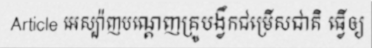
Article អេស្ប៉ាញបណ្តេញគ្រូបង្វឹកជម្រើសជាតិ ធ្វើឲ្យ